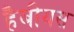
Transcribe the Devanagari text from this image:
हैबीयस